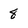
Character: 8